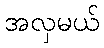
အလှမယ်